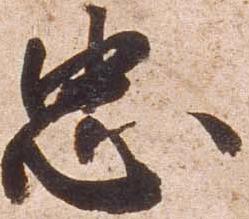
忠